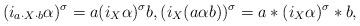
LaTeX: \begin{align*}(i_{a\cdot X\cdot b}\alpha)^\sigma=a(i_X\alpha)^\sigma b,(i_X(a\alpha b))^\sigma=a*(i_X\alpha)^\sigma*b,\end{align*}